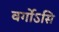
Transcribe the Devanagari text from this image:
वर्गोऽसि